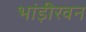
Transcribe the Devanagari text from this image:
भांड़ीरवन